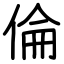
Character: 倫